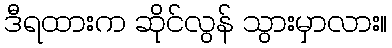
ဒီရထားက ဆိုင်လွန် သွားမှာလား။